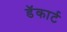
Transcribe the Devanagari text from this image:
डॅकार्ट